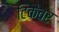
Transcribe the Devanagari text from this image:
टिकेवर